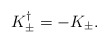
\begin{align*} K_{\pm}^{\dagger}=-K_{\pm}.\end{align*}